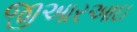
જીઆરઆઇ